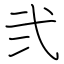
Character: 弐